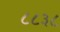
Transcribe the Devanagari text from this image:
८८३८